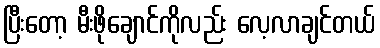
ပြီးတော့ မီးဖိုချောင်ကိုလည်း လေ့လာချင်တယ်